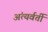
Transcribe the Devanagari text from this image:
अंत्यर्वर्ती